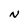
Character: N